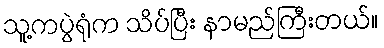
သူ့ကပွဲရုံက သိပ်ပြီး နာမည်ကြီးတယ်။